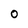
Character: o